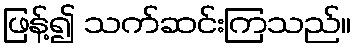
ဖြန့်၍ သက်ဆင်းကြသည်။